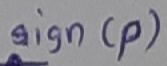
Text: sign(p)